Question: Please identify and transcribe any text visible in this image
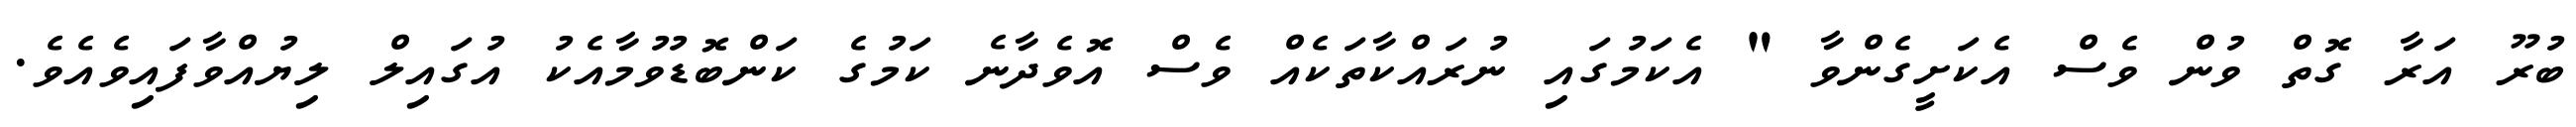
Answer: ބުރޫ އަރާ ގޮތް ވުން ވެސް އެކަށީގެންވާ " އެކަމުގައި ނުރައްކާތަކެއް ވެސް އޮވެދާނެ ކަމުގެ ކަންބޮޑުވުމާއެކު އުގައިލް ލިޔުއްވާފައިވެއެވެ.